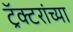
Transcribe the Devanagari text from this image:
ट्रॅक्टरांच्या